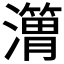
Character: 𱩸